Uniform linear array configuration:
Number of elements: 12
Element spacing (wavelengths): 0.75
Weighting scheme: kaiser
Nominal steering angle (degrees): -15
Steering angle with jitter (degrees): -13.17
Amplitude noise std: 0.05
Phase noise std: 0.05

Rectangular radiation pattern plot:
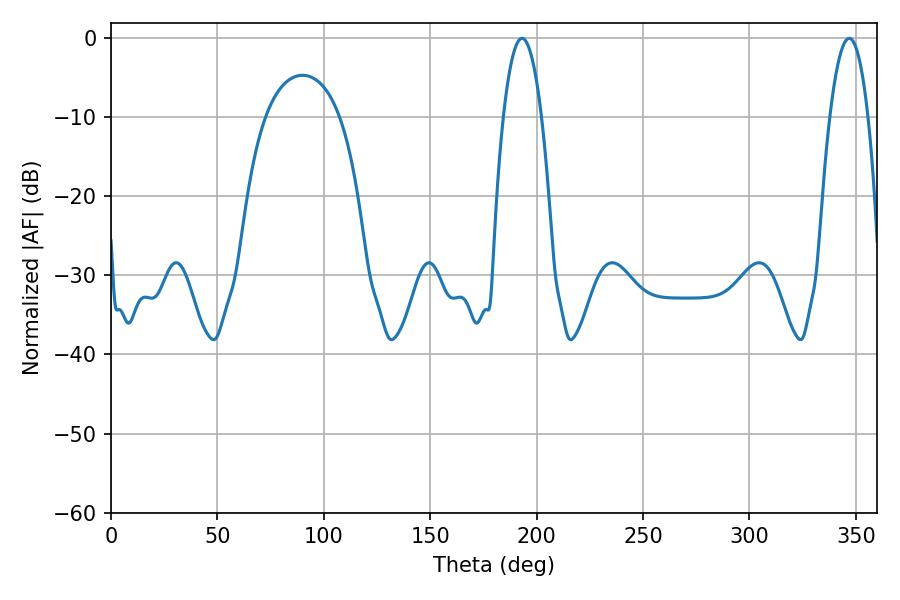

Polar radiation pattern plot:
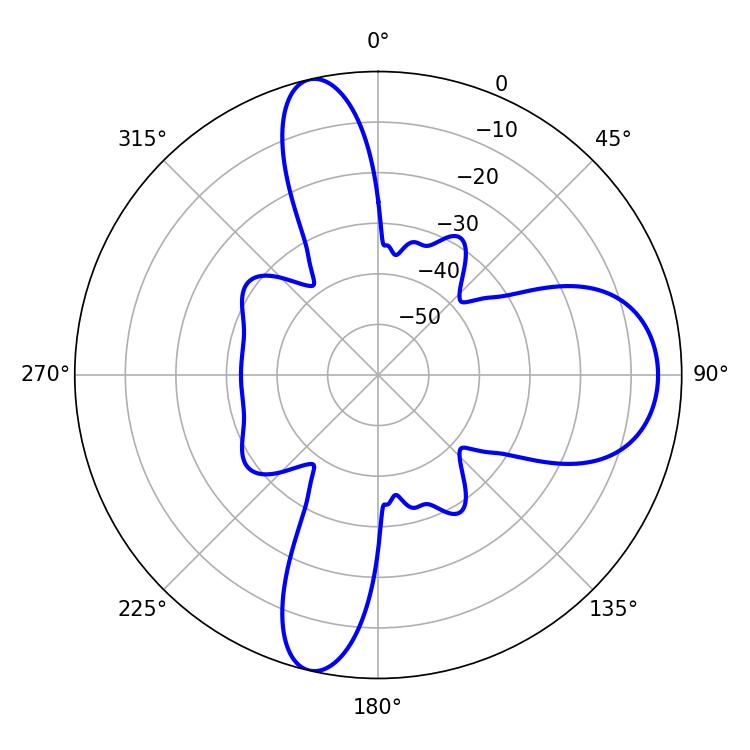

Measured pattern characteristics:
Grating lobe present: TRUE
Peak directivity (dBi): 14.149
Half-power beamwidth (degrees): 9.9
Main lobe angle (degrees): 193.14